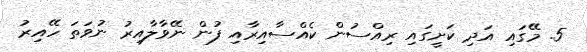
5. މޭގައި އަދި ކަށީގައި ރިއްސުން ކެއްސާއިރާއި ފުން ނޭވާލާއިރު ނުވަތަ ހޭއިރު